Vaccination Hyderabad 1890-1903 - 1890-1903
Year: 1890
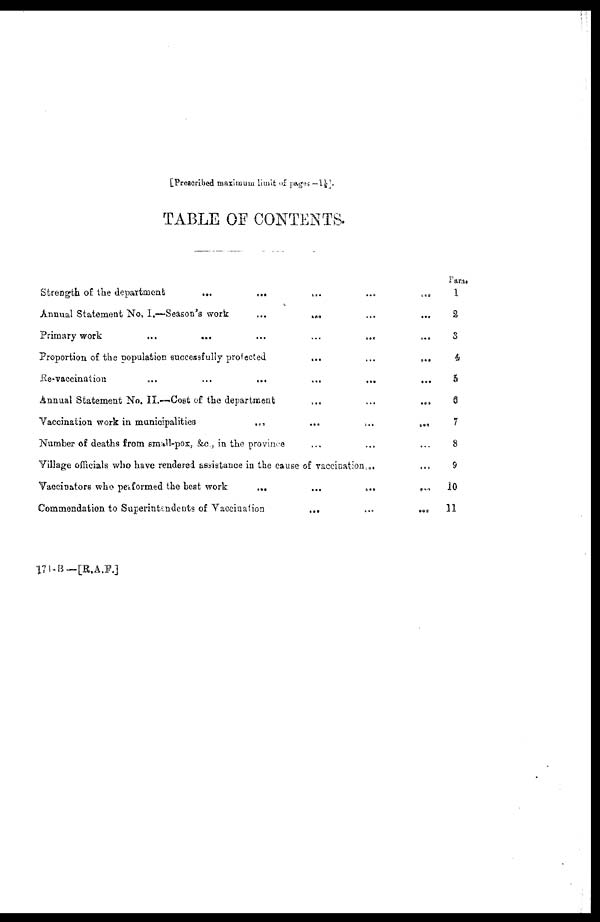
[Prescribed maximum limit of pages -1½].
TABLE OF CONTENTS.
Para.
Strength of the department
...
... ... ... ...
Annual Statement No, I.—Season's work
...
... ...
Primary work
...
...
...
...
...
...
Proportion of the population successfully protected
...
...
...
Re-vaccination
...
...
...
...
... ...
Annual Statement No. II.—Cost of the department
...
...
...
Vaccination work in municipalities
...
...
...
...
Number of deaths from small-pox, &c., in the province ... ... ...
Village officials who have rendered assistance in the cause of vaccination... ...
Vaccinators who performed the best work
...
...
...
...
Commendation to Superintendents of Vaccination
...
...
...
1
2
3
4
5
6
7
8
9
10
11
171-B—[R.A.F.]